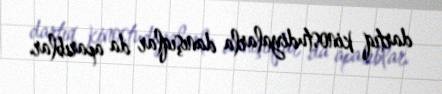
dartıq kinostudiyalarla danışıqlar da aparıblar.